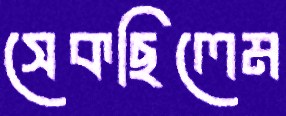
সেকছিলেম